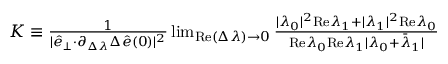
\begin{array} { r } { K \equiv \frac { 1 } { \vert \hat { e } _ { \perp } { \cdot } \partial _ { \Delta \lambda } \Delta \hat { e } ( 0 ) \vert ^ { 2 } } \operatorname* { l i m } _ { \mathrm { R e } ( \Delta \lambda ) \rightarrow 0 } \frac { \vert \lambda _ { 0 } \vert ^ { 2 } \mathrm { R e } \lambda _ { 1 } + \vert \lambda _ { 1 } \vert ^ { 2 } \mathrm { R e } \lambda _ { 0 } } { \mathrm { R e } \lambda _ { 0 } \mathrm { R e } \lambda _ { 1 } \vert \lambda _ { 0 } + \bar { \lambda } _ { 1 } \vert } } \end{array}